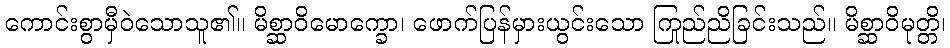
ကောင်းစွာမှီဝဲသောသူ၏။ မိစ္ဆာဝိမောက္ခော၊ ဖောက်ပြန်မှားယွင်းသော ကြည်ညိုခြင်းသည်။ မိစ္ဆာဝိမုတ္တိ၊